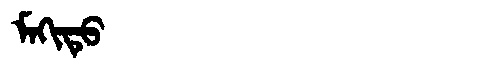
Manchu: ᠮᠠᡴᡳᡨᡠ
Romanization: MAKITU